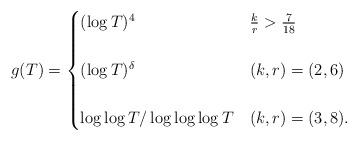
LaTeX: \begin{align*} g(T) = \begin{cases} (\log T)^4 & \frac{k}{r} > \frac{7}{18} \\ \\(\log T)^{\delta} & (k,r)=(2,6)\\ \\ \log \log T / \log \log \log T & (k,r) = (3,8). \end{cases}\end{align*}